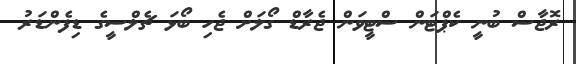
ރޮޖާސް ބުނީ ކެޕްޓަން ސްޓީވަން ޖެރާޑް ގޯލަށް ޖެހި ބޯޅަ ޗެލްސީގެ ޑިފެންޑަރު